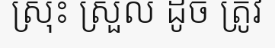
ស្រុះ ស្រួល ដូច ត្រូវ